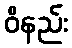
ဝိနည်း